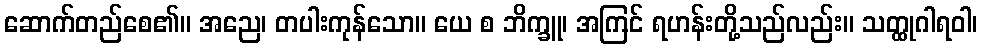
ဆောက်တည်စေ၏။ အညေ၊ တပါးကုန်သော။ ယေ စ ဘိက္ခူ၊ အကြင် ရဟန်းတို့သည်လည်း။ သတ္ထုဂါရဝါ၊